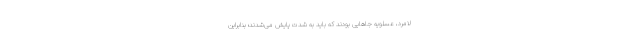
لامرد، عسلویه جا‌هایی بودند که باید به شدت پایش می‌شدند؛ بنابراین